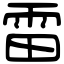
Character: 雷